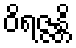
ဝိရဇ္ဇန္တိ